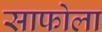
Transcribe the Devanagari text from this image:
साफोला